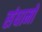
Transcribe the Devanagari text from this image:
संधामों